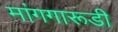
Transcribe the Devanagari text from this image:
मांगगारूडी